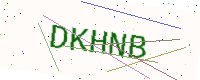
Text: DKHNB